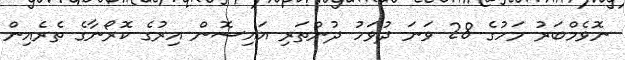
ނޮވެމްބަރު މަހުގެ 28 ވަނަ ދުވަހު ދުންތަރި އައިސޮން އިރުގެ ކޮރޯނާގެ ތެރެއިން